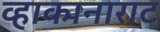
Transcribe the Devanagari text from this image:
व्हाकानाराट